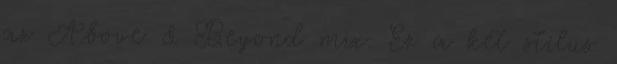
az Above & Beyond mix. Ez a két stílus